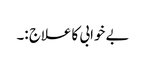
بے خوابی کا علاج :۔